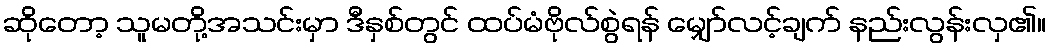
ဆိုတော့ သူမတို့အသင်းမှာ ဒီနှစ်တွင် ထပ်မံဗိုလ်စွဲရန် မျှော်လင့်ချက် နည်းလွန်းလှ၏။